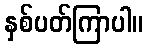
နှစ်ပတ်ကြာပါ။